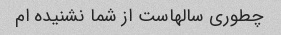
چطوری سالهاست از شما نشنیده ام